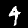
Label: 4